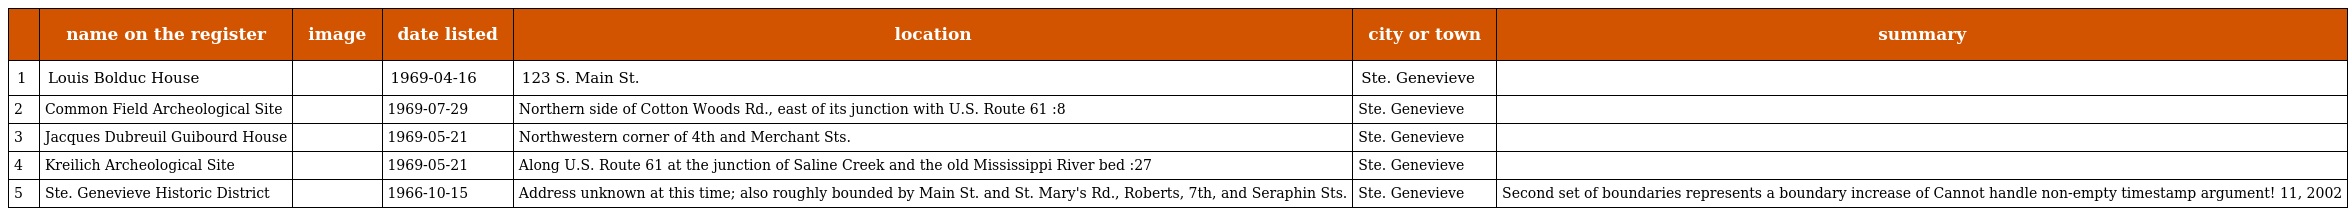
|  | name on the register | image | date listed | location | city or town | summary |
 | --- | --- | --- | --- | --- | --- | --- |
 | 1 | Louis Bolduc House |  | 1969-04-16 | 123 S. Main St. | Ste. Genevieve |  |
 | 2 | Common Field Archeological Site |  | 1969-07-29 | Northern side of Cotton Woods Rd., east of its junction with U.S. Route 61 :8 | Ste. Genevieve |  |
 | 3 | Jacques Dubreuil Guibourd House |  | 1969-05-21 | Northwestern corner of 4th and Merchant Sts. | Ste. Genevieve |  |
 | 4 | Kreilich Archeological Site |  | 1969-05-21 | Along U.S. Route 61 at the junction of Saline Creek and the old Mississippi River bed :27 | Ste. Genevieve |  |
 | 5 | Ste. Genevieve Historic District |  | 1966-10-15 | Address unknown at this time; also roughly bounded by Main St. and St. Mary's Rd., Roberts, 7th, and Seraphin Sts. | Ste. Genevieve | Second set of boundaries represents a boundary increase of Cannot handle non-empty timestamp argument! 11, 2002 |